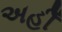
અહીઁ